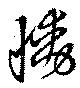
慟